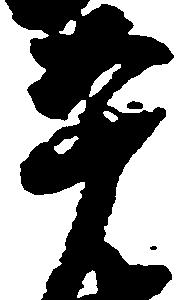
平